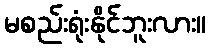
မစည်းရုံးနိုင်ဘူးလား။